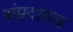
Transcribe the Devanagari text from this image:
संप्रदायच